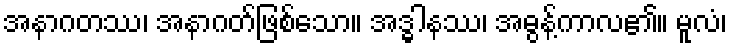
အနာဂတဿ၊ အနာဂတ်ဖြစ်သော။ အဒ္ဓါနဿ၊ အဓွန့်ကာလ၏။ မူလံ၊